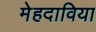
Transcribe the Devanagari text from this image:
मेहदाविया